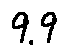
9 . 9